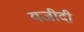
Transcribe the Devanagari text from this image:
यजीदी